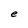
Character: e